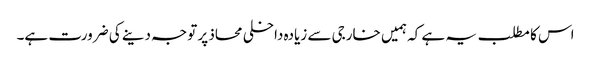
اس کا مطلب یہ ہے کہ ہمیں خارجی سے زیادہ داخلی محاذ پر توجہ دینے کی ضرورت ہے۔